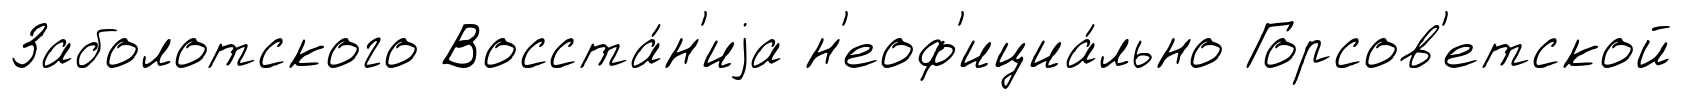
Заболотского Восста́н'иjа н'еоф'ициа́льно Горсов'етской